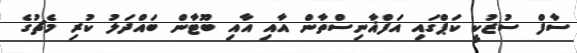
ސާފް ސުޒުކީ ކަޕްގައި އަފްޣާނިސްތާން އާއި އާއި ބޫޓާން ބައްދަލު ކުރި މެޗުގެ